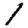
Digit: 1